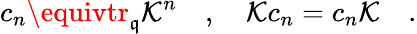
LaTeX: c_{n}\equivtr_{\mathfrak{q}}\mathcal{K}^{n}\quad,\quad\mathcal{K}c_{n}=c_{n}\mathcal{K}\quad.